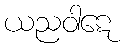
ယညဝါဋေ